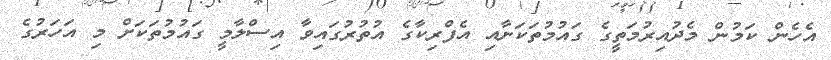
އެހެން ކަމުން މެދުއިރުމަތީގެ ގައުމުތަކަށާއި އެފްރިކާގެ އުތުރުގައިވާ އިސްލާމީ ގައުމުތަކަށް މި އަހަރުގެ